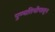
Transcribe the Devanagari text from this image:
पुण्यतिथीपासून